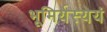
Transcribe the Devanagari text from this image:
भूमिर्यस्येयं